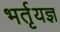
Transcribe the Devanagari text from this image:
भर्तृयज्ञ